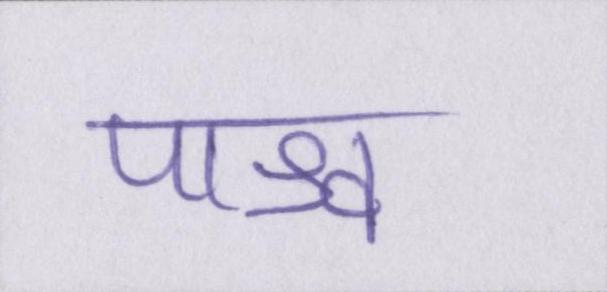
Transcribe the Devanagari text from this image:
पाश्र्व